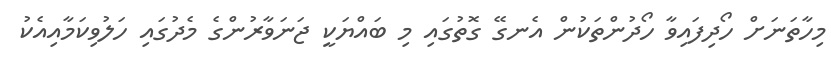
މިހާތަނަށް ހޯދިފައިވާ ހޯދުންތަކުން އެނގޭ ގޮތުގައި މި ބައްޔަކީ ޖަނަވާރުންގެ މެދުގައި ހަލުވިކަމާއިއެކު